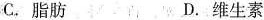
C.脂肪 D.维生素